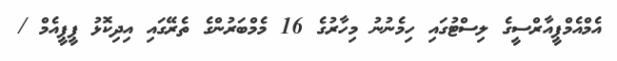
އެމްއެމްޕީއާރްސީގެ ލިސްޓުގައި ހިމެނުނު މިހާރުގެ 16 މެމްބަރުންގެ ތެރޭގައި އިދިކޮޅު ޕީޕީއެމް /